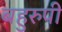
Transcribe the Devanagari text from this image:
बहुरुपी